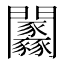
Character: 𨷼